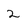
Character: 2